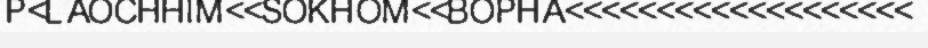
P<LAOCHHIM<<SOKHOM<<BOPHA<<<<<<<<<<<<<<<<<<<